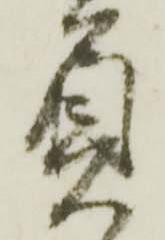
負